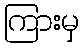
ကြားမှ